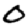
Digit: 0